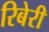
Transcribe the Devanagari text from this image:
रिबेरी